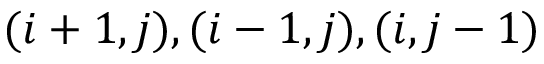
( { i + 1 , j } ) , ( { i - 1 , j } ) , ( { i , j - 1 } )